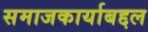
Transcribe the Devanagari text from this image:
समाजकार्याबद्दल